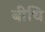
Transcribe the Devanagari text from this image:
बीचि